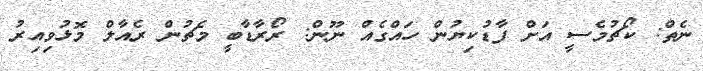
ނެތް: ކޯޗުމެސީ އަށް ފާޑުކިޔުން ހައްގެއް ނޫން: ރޯރާޑާބީ މެޗުން ރެއާލް މޮޅުވިއިރު